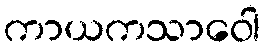
ကာယကသာဝေါ